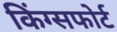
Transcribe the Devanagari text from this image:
किंग्सफोर्ट